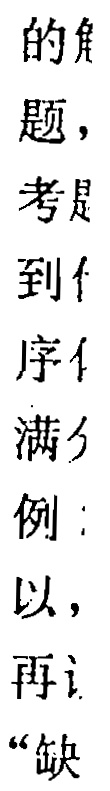
的角
题，
考是
到
序
满
例：
以，
再
“缺